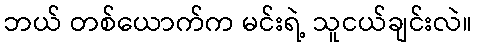
ဘယ် တစ်ယောက်က မင်းရဲ့ သူငယ်ချင်းလဲ။